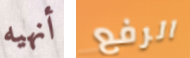
أنهيه الرفع